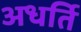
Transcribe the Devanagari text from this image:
अधर्ति